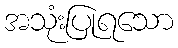
အသုံးပြုရသော